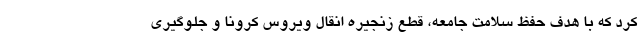
کرد که با هدف حفظ سلامت جامعه، قطع زنجیره انقال ویروس کرونا و جلوگیری